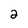
Character: 2